Indian journal of veterinary science and animal husbandry - Volume 4,
Year: 1934
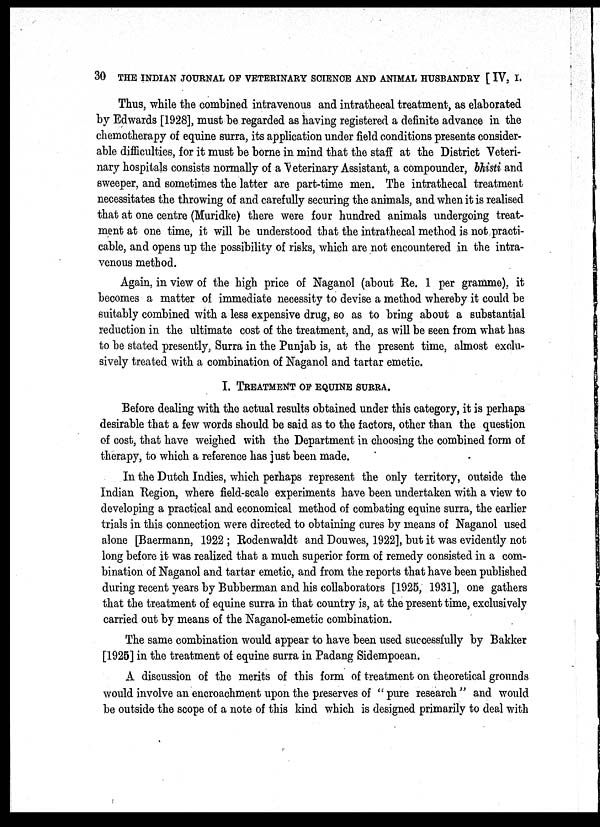
30 THE INDIAN JOURNAL OF VETERINARY SCIENCE AND ANIMAL HUSBANDRY [ IV, I.
Thus, while the combined intravenous and intrathecal treatment, as elaborated
by Edwards [1928], must be regarded as having registered a definite advance in the
chemotherapy of equine surra, its application under field conditions presents consider-
able difficulties, for it must be borne in mind that the staff at the District Veteri-
nary hospitals consists normally of a Veterinary Assistant, a compounder, bhisti and
sweeper, and sometimes the latter are part-time men. The intrathecal treatment
necessitates the throwing of and carefully securing the animals, and when it is realised
that at one centre (Muridke) there were four hundred animals undergoing treat-
ment at one time, it will be understood that the intrathecal method is not practi-
cable, and opens up the possibility of risks, which are not encountered in the intra-
venous method.
Again, in view of the high price of Naganol (about Re. 1 per gramme), it
becomes a matter of immediate necessity to devise a method whereby it could be
suitably combined with a less expensive drug, so as to bring about a substantial
reduction in the ultimate cost of the treatment, and, as will be seen from what has
to be stated presently, Surra in the Punjab is, at the present time, almost exclu-
sively treated with a combination of Naganol and tartar emetic.
I. TREATMENT OF EQUINE SURRA.
Before dealing with the actual results obtained under this category, it is perhaps
desirable that a few words should be said as to the factors, other than the question
of cost, that have weighed with the Department in choosing the combined form of
therapy, to which a reference has just been made.
In the Dutch Indies, which perhaps represent the only territory, outside the
Indian Region, where field-scale experiments have been undertaken with a view to
developing a practical and economical method of combating equine surra, the earlier
trials in this connection were directed to obtaining cures by means of Naganol used
alone [Baermann, 1922 ; Rodenwaldt and Douwes, 1922], but it was evidently not
long before it was realized that a much superior form of remedy consisted in a com-
bination of Naganol and tartar emetic, and from the reports that have been published
during recent years by Bubberman and his collaborators [1925, 1931], one gathers
that the treatment of equine surra in that country is, at the present time, exclusively
carried out by means of the Naganol-emetic combination.
The same combination would appear to have been used successfully by Bakker
[1925] in the treatment of equine surra in Padang Sidempoean.
A discussion of the merits of this form of treatment on theoretical grounds
would involve an encroachment upon the preserves of " pure research " and would
be outside the scope of a note of this kind which is designed primarily to deal with